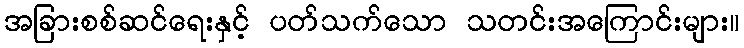
အခြားစစ်ဆင်ရေးနှင့် ပတ်သက်သော သတင်းအကြောင်းများ။